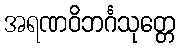
အရဏဝိဘင်္ဂသုတ္တေ